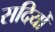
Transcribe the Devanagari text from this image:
सदियोँ